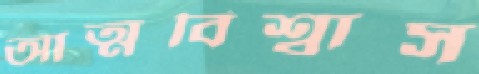
আত্মবিশ্বাস